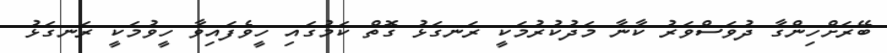
ބޭރަށްހިންގާ ދުވަސްވަރު ކާނާ މަދުކުރުމަކީ ރަނގަޅު ގޮތް ކަމުގައި ހީވެފައިވާ ހީވުމަކީ ރަނގަޅު